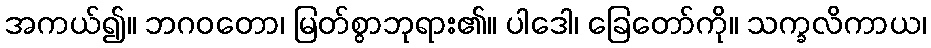
အကယ်၍။ ဘဂဝတော၊ မြတ်စွာဘုရား၏။ ပါဒေါ၊ ခြေတော်ကို။ သက္ခလိကာယ၊